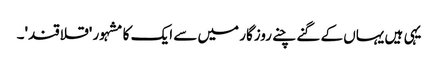
یہی ہیں یہاں کے گنے چنے روزگار میں سے ایک کا مشہور 'قلاقند'۔